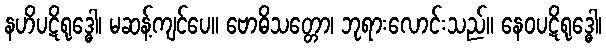
နဟိပဋိရုဒ္ဓေါ၊ မဆန့်ကျင်ပေ။ ဗောဓိသတ္တော၊ ဘုရားလောင်းသည်။ နေဝပဋိရုဒ္ဓေါ၊